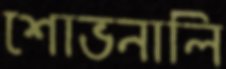
শোভনালি